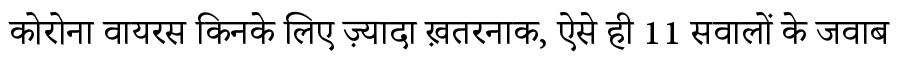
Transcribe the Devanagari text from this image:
कोरोना वायरस किनके लिए ज़्यादा ख़तरनाक, ऐसे ही 11 सवालों के जवाब